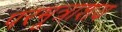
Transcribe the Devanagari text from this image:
परमूत्राशय